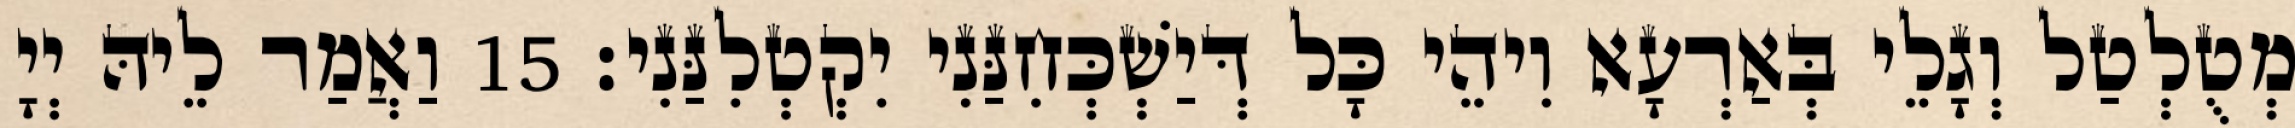
מְטֻלְטַל וְגָלֵי בְּאַרְעָא וִיהֵי כָּל דְּיַשְׁכְּחִנַּנִי יִקְטְלִנַּנִי׃ 15 וַאֲמַר לֵיהּ יְיָ